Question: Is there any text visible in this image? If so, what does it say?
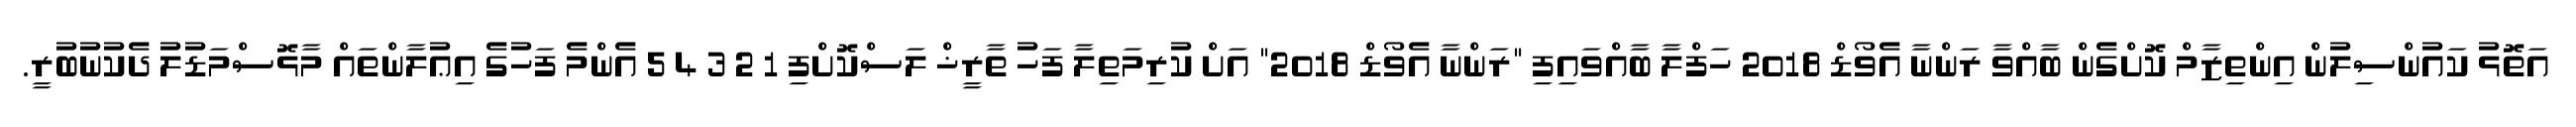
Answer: އަތޮޅު ކައުންސިލުން އިންތިޒާމް ކޮށްގެން ބާއްވާ ރަންނާ އެވޯޑް 2018 ހަފްލާ ބާއްވައިފި "ރަންނާ އެވޯޑް 2018" އަށް ކުރިމަތިލާ ފަހު ތާރީޚް ލަސްކޮށްފި 1 2 3 4 5 އެންމެ ފަހުގެ އިޢުލާންތައް މާޅޮސްމަޑުލު ދެކުނުބުރީ.